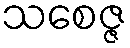
သစေဇ္ဇ